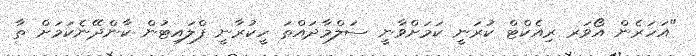
"އަހަރެން އޯވަރ ރިއެކްޓް ކުރަނީ ކަމަށްވާނީ ސަލްމާދައްތަ ހީކުރާނީ ފްލައިޓުން ކާންދޭނެކަމަށް ތާ